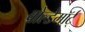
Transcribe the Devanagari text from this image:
वोल्डेमॉर्ट्